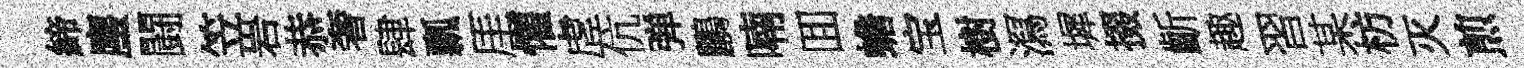
締麈闘笠岩恭奢肆瓢厓懽虗伉弹鸝喃囬蟾宝樹㵼墀掇齗趣習某枋灭煎